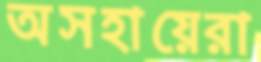
অসহায়েরা